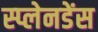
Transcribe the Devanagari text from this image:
स्प्लेनडेंस